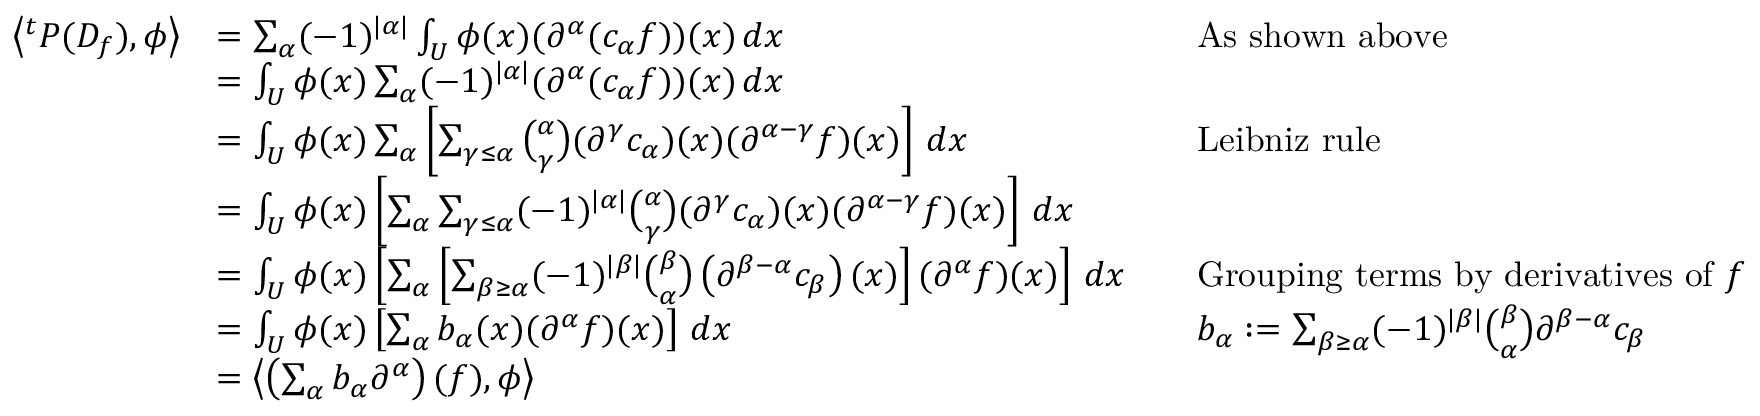
{ \begin{array} { r l r l } { \left\langle ^ { t } P ( D _ { f } ) , \phi \right\rangle } & { = \sum _ { \alpha } ( - 1 ) ^ { | \alpha | } \int _ { U } \phi ( x ) ( \partial ^ { \alpha } ( c _ { \alpha } f ) ) ( x ) \, d x } & & { { \mathrm { A s ~ s h o w n ~ a b o v e } } } \\ & { = \int _ { U } \phi ( x ) \sum _ { \alpha } ( - 1 ) ^ { | \alpha | } ( \partial ^ { \alpha } ( c _ { \alpha } f ) ) ( x ) \, d x } \\ & { = \int _ { U } \phi ( x ) \sum _ { \alpha } \left[ \sum _ { \gamma \leq \alpha } { \binom { \alpha } { \gamma } } ( \partial ^ { \gamma } c _ { \alpha } ) ( x ) ( \partial ^ { \alpha - \gamma } f ) ( x ) \right] \, d x } & & { { \mathrm { L e i b n i z ~ r u l e } } } \\ & { = \int _ { U } \phi ( x ) \left[ \sum _ { \alpha } \sum _ { \gamma \leq \alpha } ( - 1 ) ^ { | \alpha | } { \binom { \alpha } { \gamma } } ( \partial ^ { \gamma } c _ { \alpha } ) ( x ) ( \partial ^ { \alpha - \gamma } f ) ( x ) \right] \, d x } \\ & { = \int _ { U } \phi ( x ) \left[ \sum _ { \alpha } \left[ \sum _ { \beta \geq \alpha } ( - 1 ) ^ { | \beta | } { \binom { \beta } { \alpha } } \left( \partial ^ { \beta - \alpha } c _ { \beta } \right) ( x ) \right] ( \partial ^ { \alpha } f ) ( x ) \right] \, d x } & & { { \mathrm { G r o u p i n g ~ t e r m s ~ b y ~ d e r i v a t i v e s ~ o f ~ } } f } \\ & { = \int _ { U } \phi ( x ) \left[ \sum _ { \alpha } b _ { \alpha } ( x ) ( \partial ^ { \alpha } f ) ( x ) \right] \, d x } & & { b _ { \alpha } : = \sum _ { \beta \geq \alpha } ( - 1 ) ^ { | \beta | } { \binom { \beta } { \alpha } } \partial ^ { \beta - \alpha } c _ { \beta } } \\ & { = \left\langle \left( \sum _ { \alpha } b _ { \alpha } \partial ^ { \alpha } \right) ( f ) , \phi \right\rangle } \end{array} }